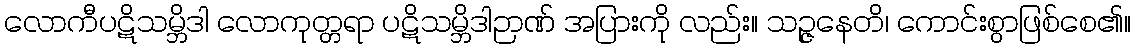
လောကီပဋိသမ္ဘိဒါ လောကုတ္တရာ ပဋိသမ္ဘိဒါဉာဏ် အပြားကို လည်း။ သဉ္ဇနေတိ၊ ကောင်းစွာဖြစ်စေ၏။